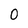
Character: 0